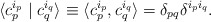
\begin{align*}\langle c_p^{i_p}\mid c_q^{i_q}\rangle\equiv \langle c_p^{i_p},c_q^{i_q}\rangle= \delta _{pq}\delta ^{i_p i_q}.\end{align*}